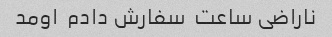
ناراضی ساعت  سفارش دادم  اومد